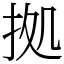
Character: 拠